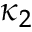
\kappa _ { 2 }